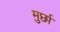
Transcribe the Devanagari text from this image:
मुर्छा